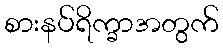
စားနပ်ရိက္ခာအတွက်